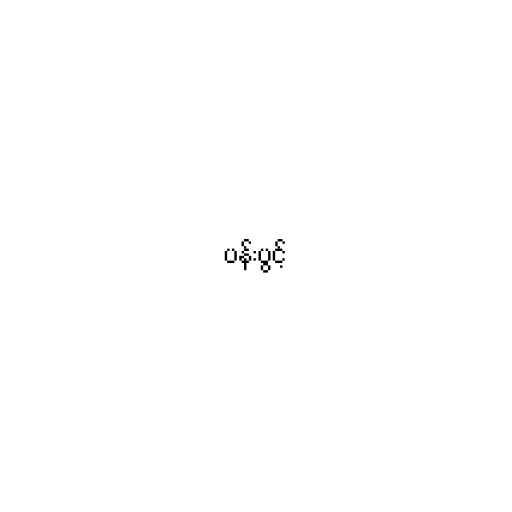
ပန်းပွင့်